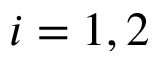
i = 1 , 2